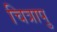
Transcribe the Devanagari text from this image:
चित्रापु